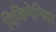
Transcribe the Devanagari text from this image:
विकिमेनिया